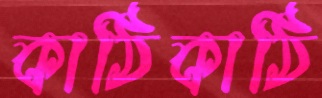
কাঠিকাঠি